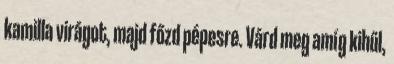
kamilla virágot, majd főzd pépesre. Várd meg amíg kihűl,